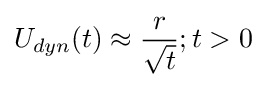
U_{dyn}(t)\approx {\frac {r}{\sqrt {t}}};t>0